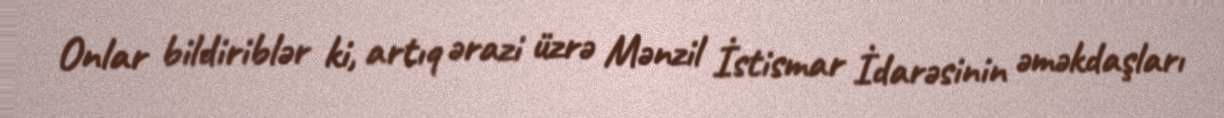
Onlar bildiriblər ki, artıq ərazi üzrə Mənzil İstismar İdarəsinin əməkdaşları